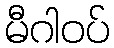
မီဂါဝပ်